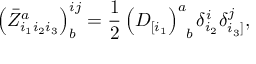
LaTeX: \left( \bar { Z } _ { i _ { 1 } i _ { 2 } i _ { 3 } } ^ { a } \right) _ { b } ^ { i j } = \frac { 1 } { 2 } \left( D _ { [ i _ { 1 } } \right) _ { \; \; b } ^ { a } \delta _ { i _ { 2 } } ^ { i } \delta _ { i _ { 3 } ] } ^ { j } ,